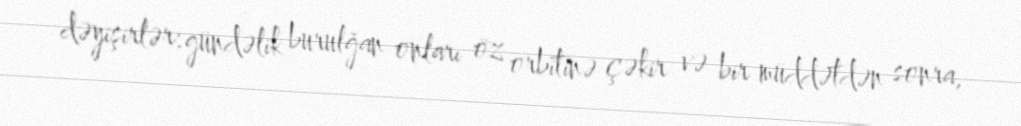
dəyişirlər: gündəlik burulğan onları öz orbitinə çəkir və bir müddətdən sonra,